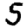
Digit: 5